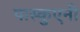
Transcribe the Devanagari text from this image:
पास्कुएनी